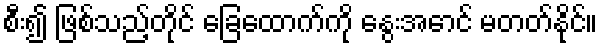
စီး၍ ဖြစ်သည့်တိုင် ခြေထောက်ကို နွေးအောင် မတတ်နိုင်။